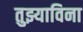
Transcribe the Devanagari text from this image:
तुझ्याविना